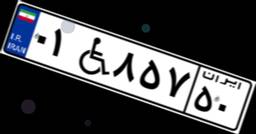
۰۰W۵۱۴۴۵